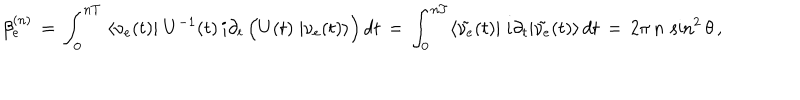
\beta _ { e } ^ { ( n ) } \, = \, \int _ { 0 } ^ { n T } \; \langle \nu _ { e } ( t ) | \; U ^ { - 1 } ( t ) \, i \partial _ { t } \, \Big ( U ( t ) \; | \nu _ { e } ( t ) \rangle \Big ) \, d t \, = \, \int _ { 0 } ^ { n T } \langle \tilde { \nu _ { e } } ( t ) | \; i \partial _ { t } | \tilde { \nu _ { e } } ( t ) \rangle \, d t \, = \, 2 \pi \, n \, \sin ^ { 2 } \theta \, ,